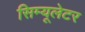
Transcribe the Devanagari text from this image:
सिम्यूलेटर